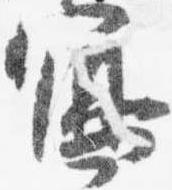
写